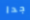
جدا